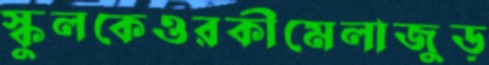
স্কুলকেওরকীমেলাজুড়